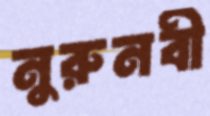
নুরুনবী